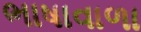
ભાષાવાળા